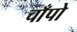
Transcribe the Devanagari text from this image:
चाँपो